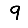
Digit: 9